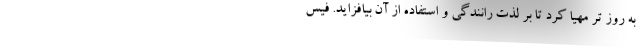
به روز تر مهیا کرد تا بر لذت رانندگی و استفاده از آن بیافزاید. فیس